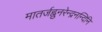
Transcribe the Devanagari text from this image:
मातर्जह्नुनरेन्द्रनन्दिनि